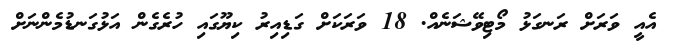
އެއީ ވަރަށް ރަނގަޅު މޯޓިވޭޝަނެއް. 18 ވަރަކަށް ގަޑިއިރު ކިޔޫގައި ހުރެގެން އަޅުގަނޑުމެންނަށް